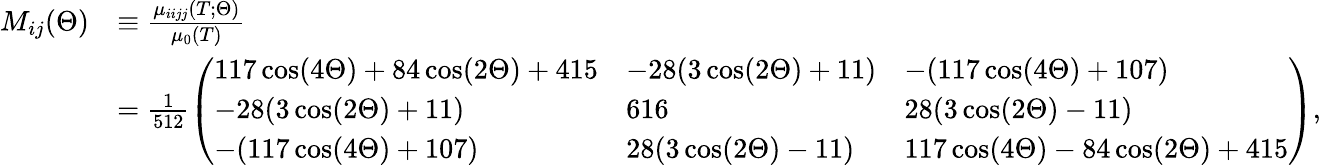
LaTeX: \begin{array}{rl}{M_{ij}(\Theta)}&{\equiv\frac{\mu_{iijj}(T;\Theta)}{\mu_{0}(T)}}\\ &{=\frac{1}{512}\left(\begin{array}{lll}{117\cos(4\Theta)+84\cos(2\Theta)+415}&{-28(3\cos(2\Theta)+11)}&{-(117\cos(4\Theta)+107)}\\ {-28(3\cos(2\Theta)+11)}&{616}&{28(3\cos(2\Theta)-11)}\\ {-(117\cos(4\Theta)+107)}&{28(3\cos(2\Theta)-11)}&{117\cos(4\Theta)-84\cos(2\Theta)+415}\end{array}\right),}\end{array}